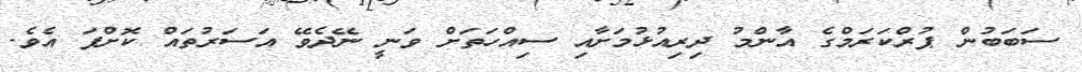
ސަބަބުން ޕުރްކަރަމްގެ އާންމު ދިރިއުޅުމަށާއި ސިއްހަތަށް ވަނީ ނޭދެވޭ އަސަރުތައް ކޮށްފަ އެވެ.